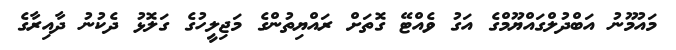
މައުމޫނު އަބްދުލްގައްޔޫމްގެ އަގު ވެއްޓޭ ގޮތަށް ރައްޔިތުންގެ މަޖިލީހުގެ ގަލޮޅު ދެކުނު ދާއިރާގެ